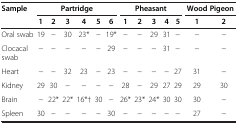
| <ROWSPAN=2> Sample | <COLSPAN=6> Partridge | <COLSPAN=5> Pheasant | <COLSPAN=2> Wood Pigeon |
 | 1 | 2 | 3 | 4 | 5 | 6 | 1 | 2 | 3 | 4 | 5 | 1 | 2 |
 | --- | --- | --- | --- | --- | --- | --- | --- | --- | --- | --- | --- | --- | --- |
 | Oral swab | 19 | − | 30 | 23* | − | 19* | − | − | 29 | 31 | − | − | − |
 | Clocacal swab | − | − | − | − | − | 29 | − | − | − | 31 | − | − | − |
 | Heart | − | − | 32 | 23 | − | 23 | − | − | − | − | 27 | 31 | − |
 | Kidney | 29 | 30 | − | − | − | − | 28 | − | 29 | 27 | 29 | 29 | 30 |
 | Brain | − | 22* | 22* | 16*† | 30 | − | 26* | 23* | 24* | 30 | 30 | 30 | − |
 | Spleen | 30 | − | − | − | − | 30 | − | − | − | − | − | 27 | − |